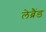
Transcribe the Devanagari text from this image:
लेब्रैंड